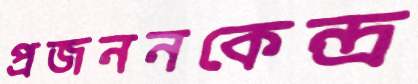
প্রজননকেন্দ্র